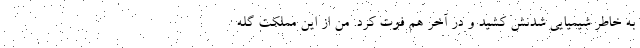
به خاطر شیمیایی شدنش کشید و در آخر هم فوت کرد. من از این مملکت گِله